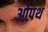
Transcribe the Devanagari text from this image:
ओपथ